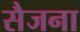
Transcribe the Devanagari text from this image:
सैजना